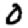
Digit: 0